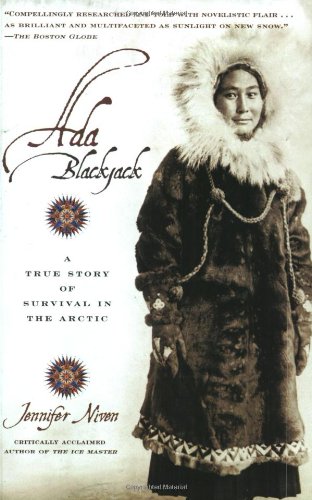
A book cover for Ada BlackJack: A True Story of Survival in the Arctic; Jennifer Niven; Biographies & Memoirs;